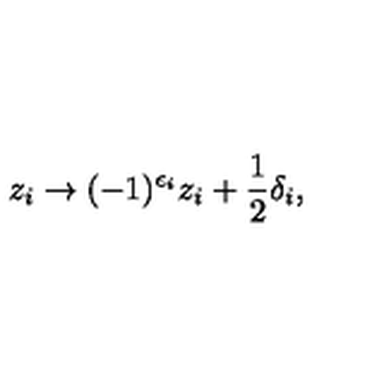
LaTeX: z _ { i } \rightarrow ( - 1 ) ^ { \epsilon _ { i } } z _ { i } + { \frac { 1 } { 2 } } \delta _ { i } ,